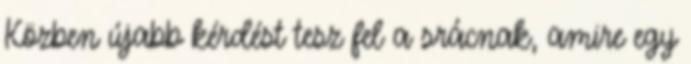
Közben újabb kérdést tesz fel a srácnak, amire egy